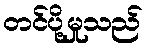
တင်ပို့မှုသည်